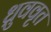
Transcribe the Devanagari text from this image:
ध्रुववृत